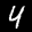
Label: 4